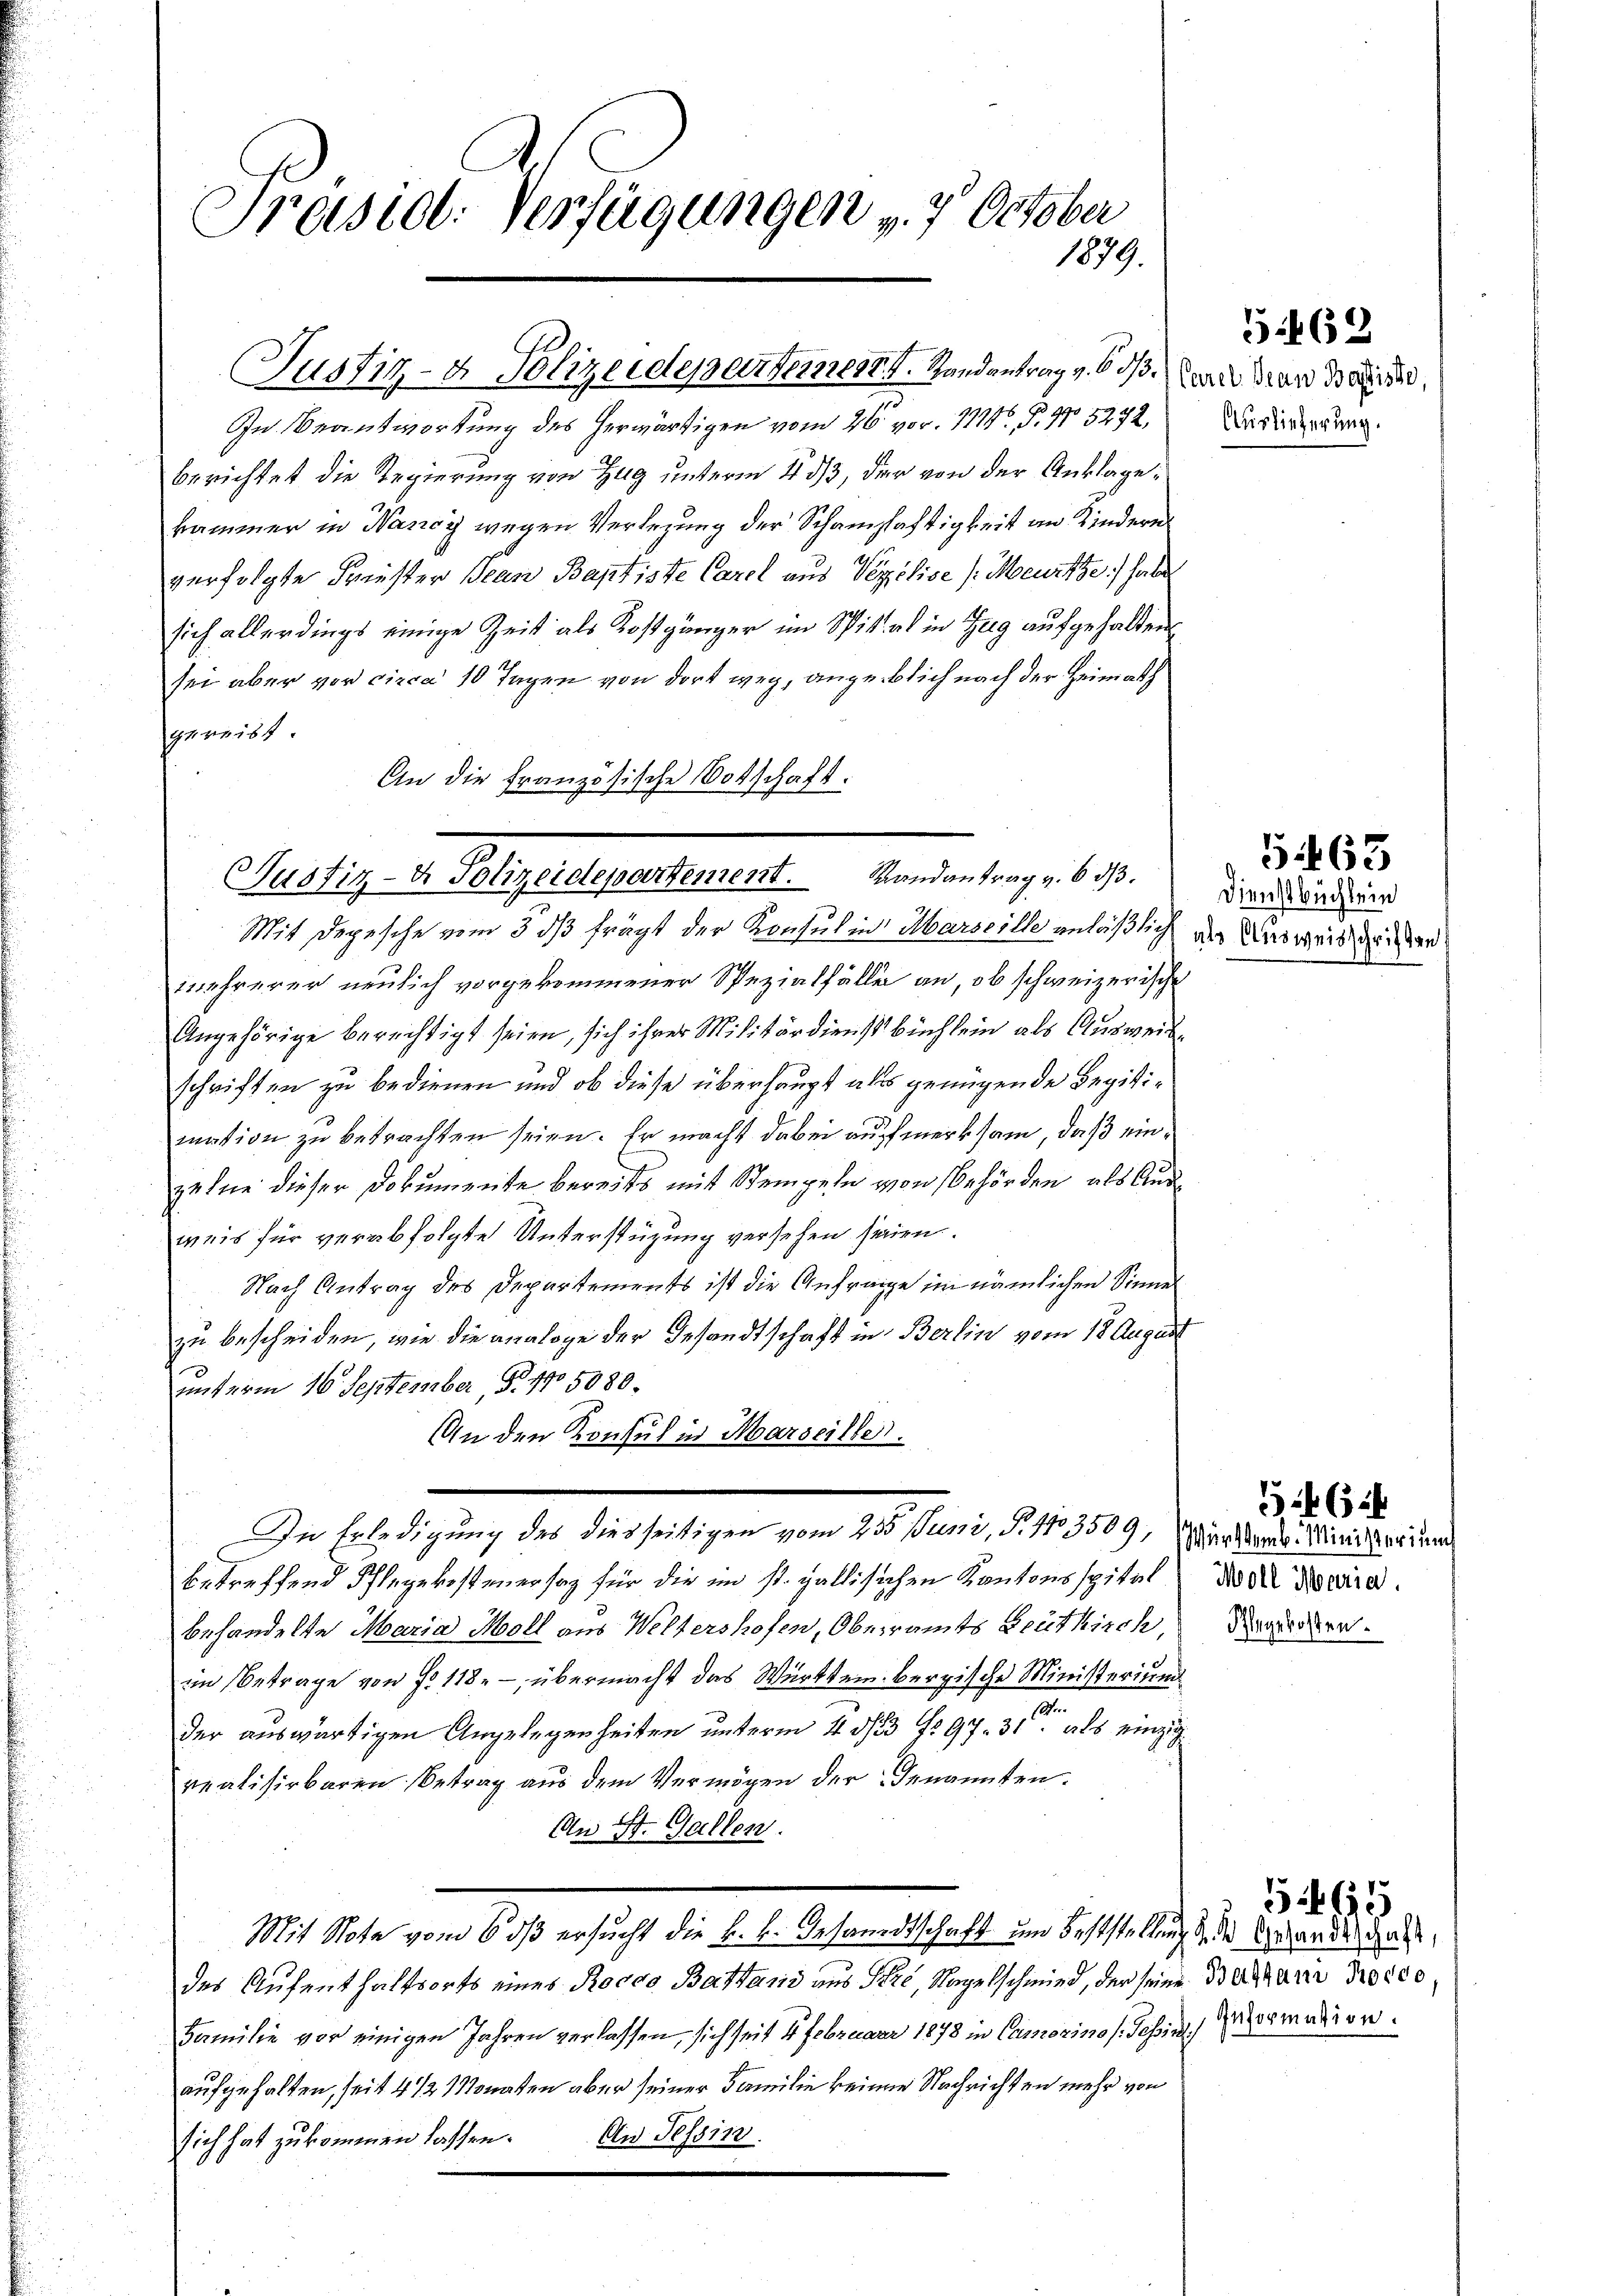
Präsid. Verfügungen v. 7. October
1879.

In Beantwortung des herwärtigen vom 26. vor. 111. P. Nr. 5272,
berichtet die Regierung von Zug unterm 4. ds, der von der Anklagekammer in Nancy wegen Verlegung der Schanzhaftigkeit an Kindern
verfolgte Friester Jean Baptiste Carel aus Verilise (Meurthe:/ habe
sich allerdings einige Zeit als Kostgänger im Spital in Zug aufgehalten
sei aber vor circa 10 Tagen von dort weg, angeblich nach der Heimath
gereist
An die französische Vorschaft.

Justiz- & Polizeidepartement. Handantrag v. 6. dβ an dard de

Mit Depesche vom 5. ds frägt der Konsul in Marseille anläßlich
mehrerer neulich vorgekommener Spezialfälle an, ob schweizerische
Angehörige berechtigt seien, sich ihrer Militärdienst Büchlein als Ausweis
schriften zu bedienen und ob diese überhaupt als genügende Legitimasion zu betrachten seien. Er macht dabei aufmerksam, daß einzelne dieser Dokumente bereits mit Stempeln von Behörden, als Ande
weis für verabfolgte Unterstüzung versehen seien.
Nach Antrag des Departements ist die Anfrage im nämlichen Sinne
zu bescheiden, wie die analoge der Gesandtschaft in Berlin vom 18. August
unterm 16. September, S. No 5080.
An den Konsul in Marseiller.
betreffend Pflegekostenersag für die im st. gallisichen Kantonsspital
behandelte Maria Moll aus Weltershofen, Oberramts Deutlich, Brandern
in Betrage von f. 118. – übermacht das Württembergische Ministerium
M
der auswärtigen Angelegenheiten unterm 4. d. 23 No 97. 31. als einzig
vealisirbaren Betrag aus dem Vermögen der Genannten.
An St. Gallen.
Mit Nota vom 6 dß ersucht die k. k. Gesandtschaft und Feststellung der Gelandesges
des Aufenthaltsorts eines Rocoo Battani aus Stre, Nagelschmied, der seine Barthan Proces
Familie vor einigen Jahren verlassen, sich seit 4. Februar 1878 in Camerino (Jahren Germation.
aufgehalten, seit 4 1/2 Monaten aber seiner Familie keinen Nachrichten mehr von
sich hat zukommen lassen. An Tessin

Justiz- & Polizeidepartement. Randantrag v. 6. dβ.

In Erledigung des diesseitigen vom 25t Juni, P. 173509,

Auslieferung.

5.469

Dienstbüchlein
als Ausweisschriften

5.463

Württemb. Ministerium
Moll Maria.

6

565